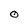
Character: O